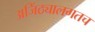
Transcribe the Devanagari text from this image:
अजिंठ्यालगतच